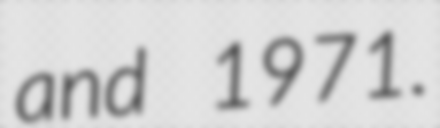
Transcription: and 1971.